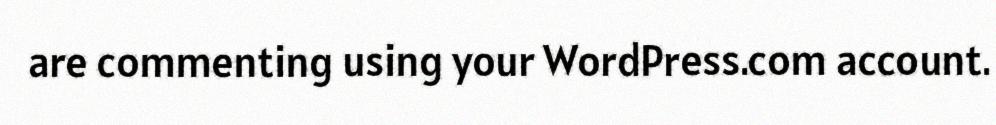
are commenting using your WordPress.com account.